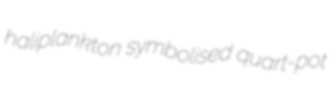
haliplankton symbolised quart-pot